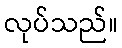
လုပ်သည်။